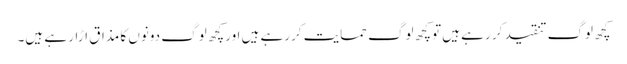
کچھ لوگ تنقید کر رہے ہیں توکچھ لوگ حمایت کررہے ہیں اورکچھ لوگ دونوں کا مذاق اڑار ہے ہیں۔